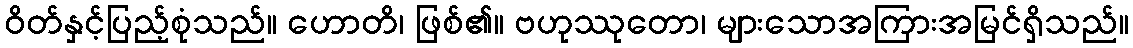
ဝိတ်နှင့်ပြည့်စုံသည်။ ဟောတိ၊ ဖြစ်၏။ ဗဟုဿုတော၊ များသောအကြားအမြင်ရှိသည်။